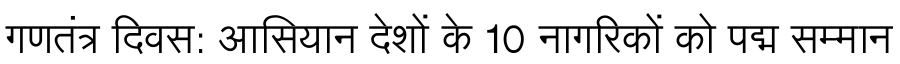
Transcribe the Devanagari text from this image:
गणतंत्र दिवस: आसियान देशों के 10 नागरिकों को पद्म सम्मान